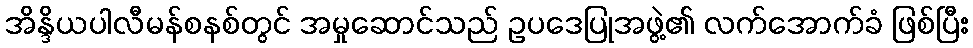
အိန္ဒိယပါလီမန်စနစ်တွင် အမှုဆောင်သည် ဥပဒေပြုအဖွဲ့၏ လက်အောက်ခံ ဖြစ်ပြီး